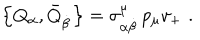
LaTeX: \left\{ Q _ { \alpha } , \bar { Q } _ { \dot { \beta } } \right\} = \sigma _ { \alpha \dot { \beta } } ^ { \mu } \, p _ { \mu } v _ { + } \, \, .